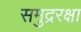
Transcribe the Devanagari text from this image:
समुद्ररक्षा